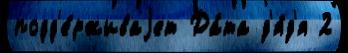
подд'е́рживаjет Да́та д'я́д'я 2